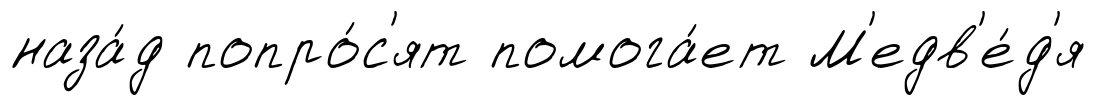
наза́д попро́с'ят помога́ет М'едв'е́д'я